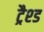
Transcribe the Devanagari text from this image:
ट्रैश्ड